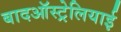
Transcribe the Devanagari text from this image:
बादऑस्ट्रेलियाई